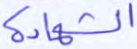
الشهادة